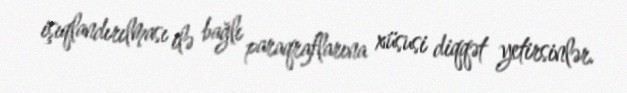
işıqlandırılması ilə bağlı paraqraflarına xüsusi diqqət yetirsinlər.